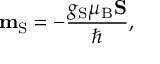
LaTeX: \mathbf { m } _ { \mathrm { S } } = - { \frac { g _ { \mathrm { S } } \mu _ { \mathrm { B } } \mathbf { S } } { \hbar } } ,